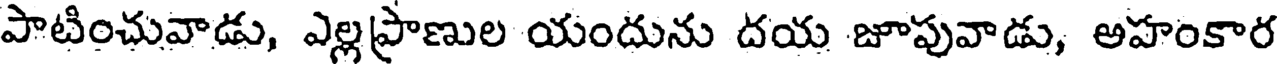
పాటించువాడు, ఎల్లప్రాణుల యందును దయ జూపువాడు, అహంకార